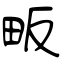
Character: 畈